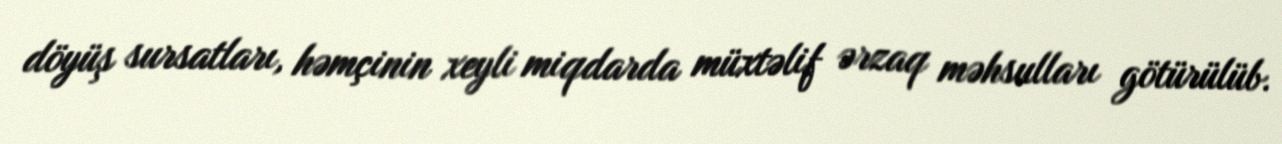
döyüş sursatları, həmçinin xeyli miqdarda müxtəlif ərzaq məhsulları götürülüb.